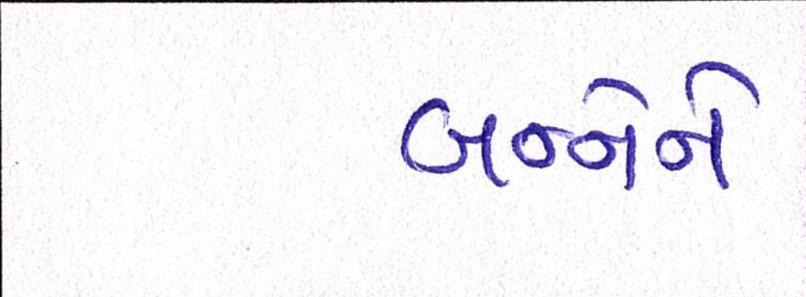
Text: બન્નેને